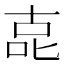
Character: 㖛